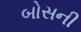
બોસની